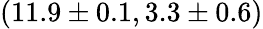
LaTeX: (11.9\pm 0.1,3.3\pm 0.6)